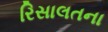
રિસાલતના